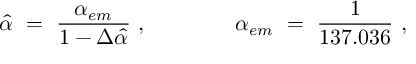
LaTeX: \hat { \alpha } \ = \ { \frac { \alpha _ { e m } } { 1 - \Delta \hat { \alpha } } } \ , \qquad \qquad \alpha _ { e m } \ = \ { \frac { 1 } { 1 3 7 . 0 3 6 } } \ ,